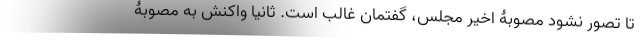
تا تصور نشود مصوبۀ اخیر مجلس، گفتمان غالب است. ثانیا واکنش به مصوبۀ